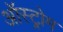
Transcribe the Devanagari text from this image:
ऑस्ट्रोम